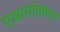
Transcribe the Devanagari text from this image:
एआरगीसीएम